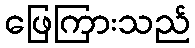
ဖြေကြားသည်